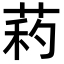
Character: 𦱜